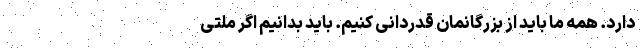
دارد. همه ما باید از بزرگانمان قدردانی کنیم. باید بدانیم اگر ملتی